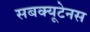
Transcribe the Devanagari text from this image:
सबक्यूटेनस